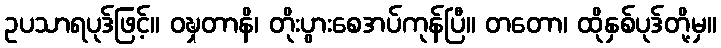
ဥပသာရပုဒ်ဖြင့်။ ဝဍ္ဎှတာနိ၊ တိုးပွားစေအပ်ကုန်ပြီ။ တတော၊ ထိုနှစ်ပုဒ်တို့မှ။